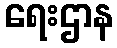
ရေးဌာန